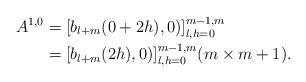
LaTeX: \begin{align*}A^{1,0} &= [b_{l+m}(0+2h), 0)]_{l,h=0}^{m-1,m} \\ &= [b_{l+m}(2h), 0)]_{l,h=0}^{m-1,m} (m \times m+1).\end{align*}